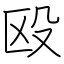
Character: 殴